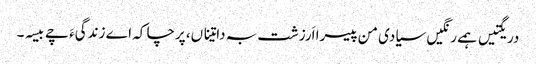
دریگتیں ہمے رنگیں سیادی من پیسرا اَرزشت بہ داتیناں، پرچا کہ اے زندگیءَ چے بیسہ۔